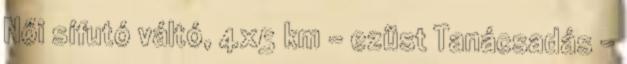
Női sífutó váltó, 4x5 km – ezüst Tanácsadás -